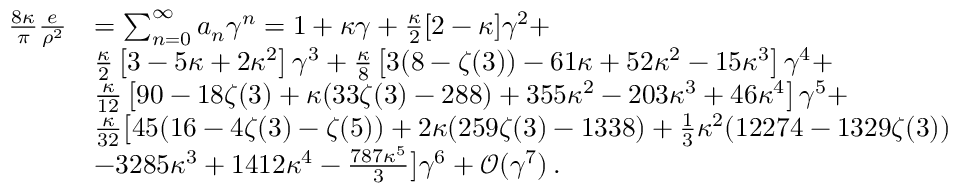
\begin{array} { r l } { \frac { 8 \kappa } { \pi } \frac { e } { \rho ^ { 2 } } } & { = \sum _ { n = 0 } ^ { \infty } a _ { n } \gamma ^ { n } = 1 + \kappa \gamma + \frac { \kappa } { 2 } [ 2 - \kappa ] \gamma ^ { 2 } + } \\ & { \frac { \kappa } { 2 } \left[ 3 - 5 \kappa + 2 \kappa ^ { 2 } \right] \gamma ^ { 3 } + \frac { \kappa } { 8 } \left[ 3 ( 8 - \zeta ( 3 ) ) - 6 1 \kappa + 5 2 \kappa ^ { 2 } - 1 5 \kappa ^ { 3 } \right] \gamma ^ { 4 } + } \\ & { \frac { \kappa } { 1 2 } \left[ 9 0 - 1 8 \zeta ( 3 ) + \kappa ( 3 3 \zeta ( 3 ) - 2 8 8 ) + 3 5 5 \kappa ^ { 2 } - 2 0 3 \kappa ^ { 3 } + 4 6 \kappa ^ { 4 } \right] \gamma ^ { 5 } + } \\ & { \frac { \kappa } { 3 2 } \big [ 4 5 ( 1 6 - 4 \zeta ( 3 ) - \zeta ( 5 ) ) + 2 \kappa ( 2 5 9 \zeta ( 3 ) - 1 3 3 8 ) + \frac { 1 } { 3 } \kappa ^ { 2 } ( 1 2 2 7 4 - 1 3 2 9 \zeta ( 3 ) ) } \\ & { - 3 2 8 5 \kappa ^ { 3 } + 1 4 1 2 \kappa ^ { 4 } - \frac { 7 8 7 \kappa ^ { 5 } } { 3 } \big ] \gamma ^ { 6 } + \mathcal { O } ( \gamma ^ { 7 } ) \, . } \end{array}